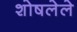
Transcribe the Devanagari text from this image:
शोषलेले